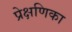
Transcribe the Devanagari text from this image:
प्रेक्षणिका